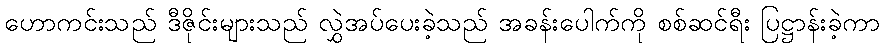
ဟောကင်းသည် ဒီဇိုင်းများသည် လွှဲအပ်ပေးခဲ့သည် အခန်းပေါက်ကို စစ်ဆင်ရီး ပြဋ္ဌာန်းခဲ့ကာ